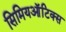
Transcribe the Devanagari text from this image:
सिमियऑटिक्स